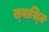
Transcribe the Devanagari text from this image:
स्‍वास्‍ति